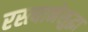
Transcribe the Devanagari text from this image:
रस्त्यानेसुद्धा